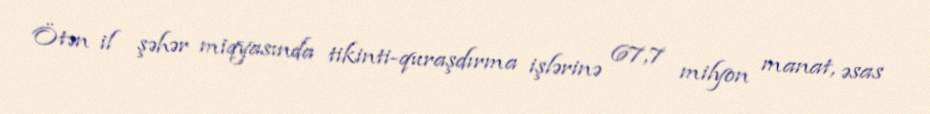
Ötən il şəhər miqyasında tikinti-quraşdırma işlərinə 67,7 milyon manat, əsas